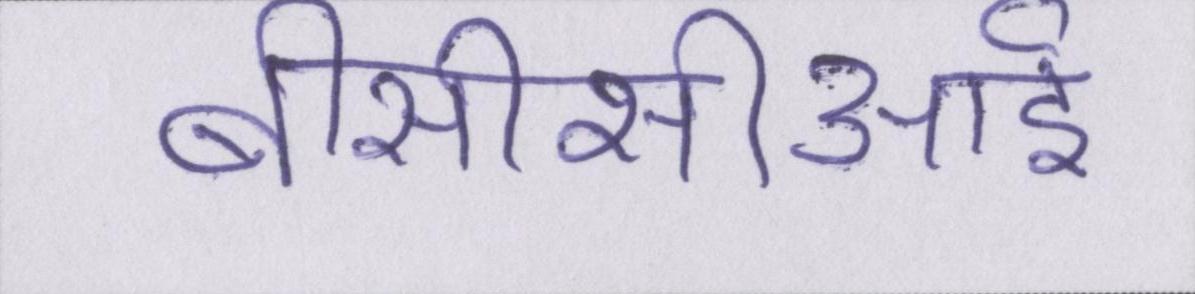
बीसीसीआई